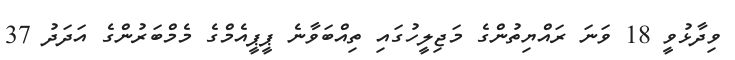
ވިދާޅުވީ 18 ވަނަ ރައްޔިތުންގެ މަޖިލީހުގައި ތިއްބަވާނެ ޕީޕީއެމްގެ މެމްބަރުންގެ އަދަދު 37